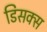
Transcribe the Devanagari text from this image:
डिसक्स